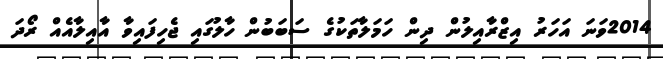
2014ވަނަ އަހަރު އިޒްރާއިލުން ދިން ހަމަލާތަކުގެ ސަބަބުން ހާލުގައި ޖެހިފައިވާ އާއިލާއެއް ރޯދަ